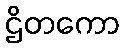
ဌိတကော